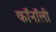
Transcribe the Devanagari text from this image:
कॉनॉली